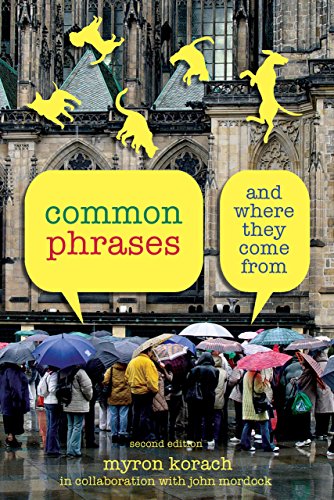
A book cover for Common Phrases: And Where They Come From; Myron Korach; Reference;